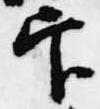
官